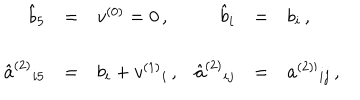
\begin{array} { r c l r c l } { { \hat { b } _ { 5 } } } & { { = } } & { { v ^ { ( 0 ) } = 0 \, , } } & { { \hat { b } _ { i } } } & { { = } } & { { b _ { i } \, , \hspace { 1 c m } } } \\ { { } } & { { } } & { { } } & { { } } & { { } } & { { } } \\ { { \hat { a } ^ { ( 2 ) } { } _ { i 5 } } } & { { = } } & { { b _ { i } + v ^ { ( 1 ) } { } _ { i } \, , } } & { { \hat { a } ^ { ( 2 ) } { } _ { i j } } } & { { = } } & { { a ^ { ( 2 ) \prime } { } _ { i j } \, , } } \\ \end{array}